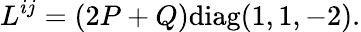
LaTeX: L^{ij}=(2P+Q)\mathrm{diag}(1,1,-2).